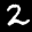
Label: 2